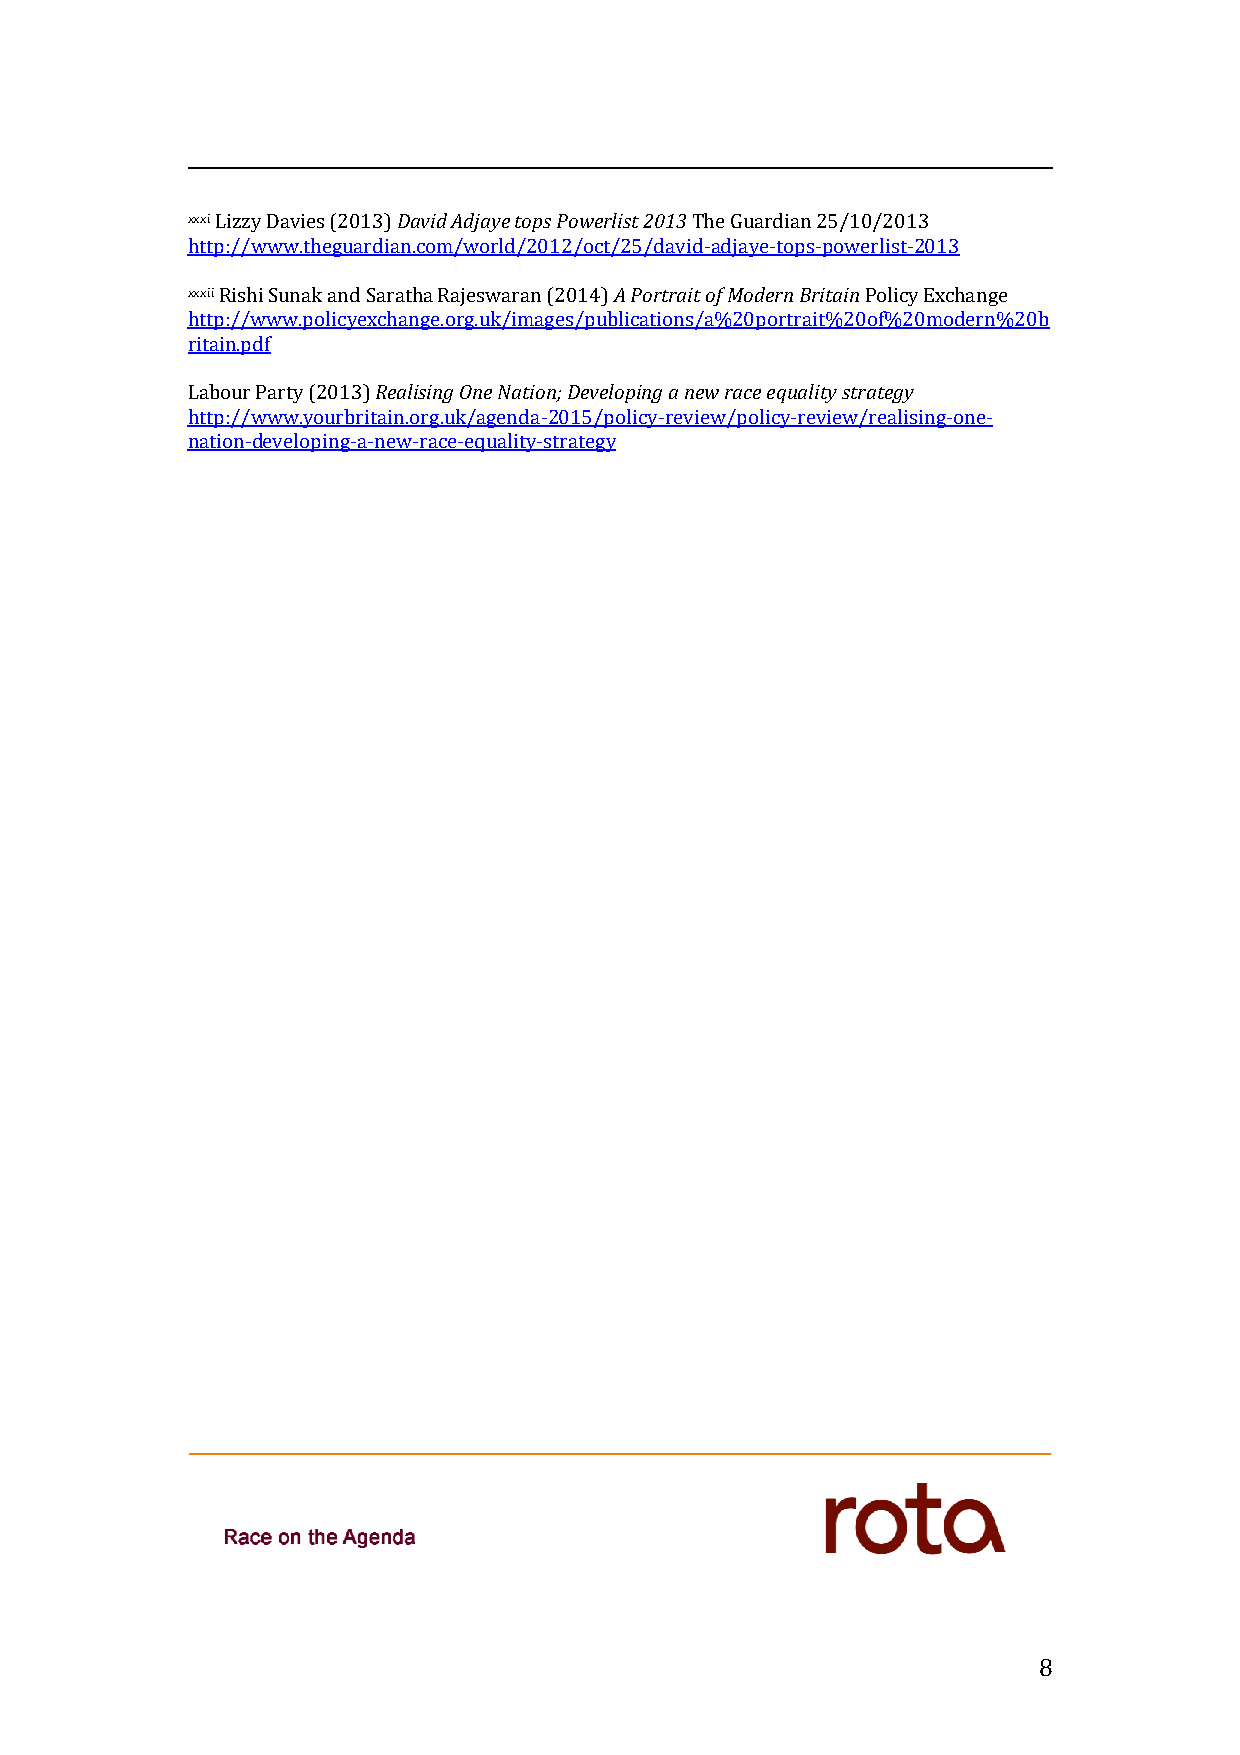
xxxi Lizzy Davies (2013) David Adjaye tops Powerlist 2013 The Guardian 25/10/2013
 http://www.theguardian.com/world/2012/oct/25/david-adjaye-tops-powerlist-2013
 xxxii Rishi Sunak and Saratha Rajeswaran (2014) A Portrait of Modern Britain Policy Exchange
 http://www.policyexchange.org.uk/images/publications/a%20portrait%20of%20modern%20b
 ritain.pdf
 Labour Party (2013) Realising One Nation; Developing a new race equality strategy
 http://www.yourbritain.org.uk/agenda-2015/policy-review/policy-review/realising-one-
 nation-developing-a-new-race-equality-strategy
 8